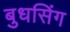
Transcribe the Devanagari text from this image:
बुधसिंग